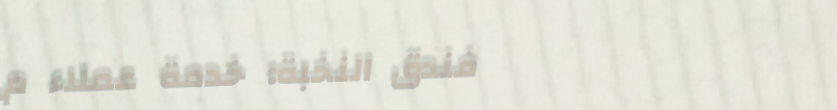
فندق النخبة: خدمة عملاء م